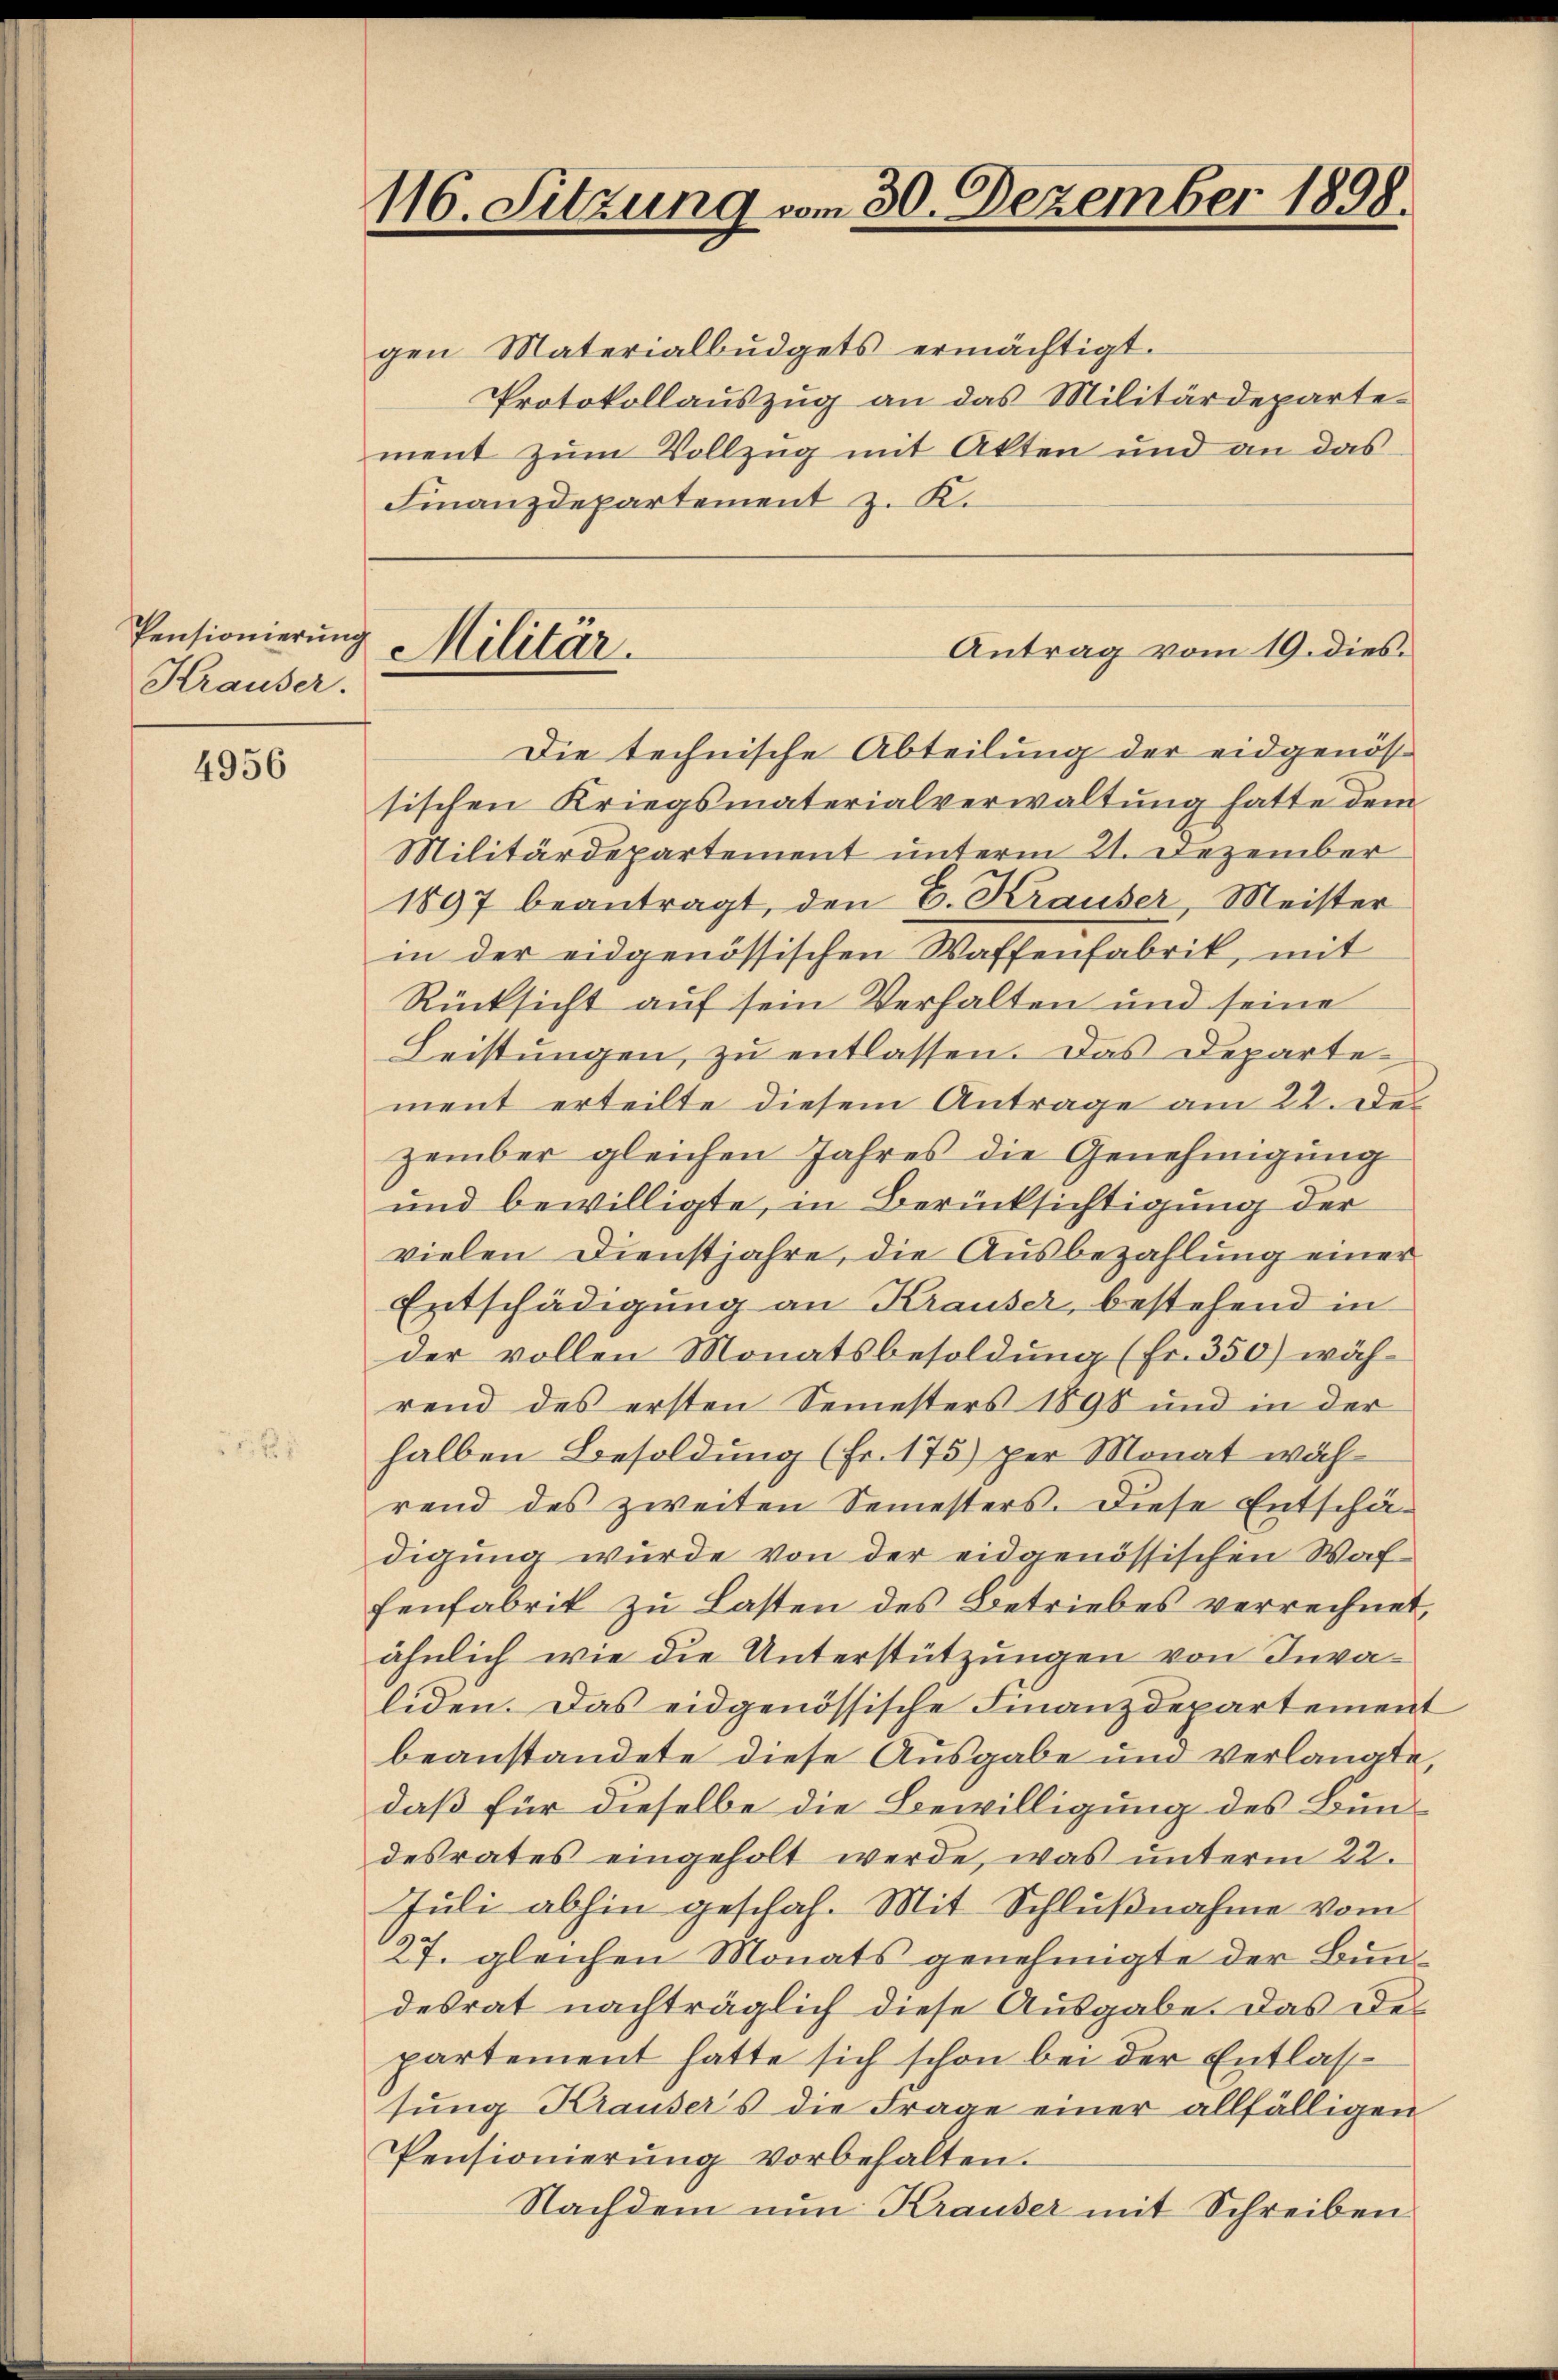
Pensionierung
Krauser.

4956

Finanzdepartement z. K.

116. Sitzung vom 30. Dezember 1898.

gen Materialbŭdgets ermächtigt.
Protokollauszug an das Militärdeparte
ment zum Vollzug mit Akten und an das
Die technische Abteilung der eidgenössischen Kriegsmaterialverwaltung hatte dem
Militärdepartement unterm 21. Dezember
1897 beantragt, den E. Krauser, Meister
in der eidgenössischen Waffenfabrik, mit
Rücksicht auf sein Verhalten und seine
Leistungen, zu entlassen. Das Departement erteilte diesem Antrage am 22. De
zember gleichen Jahres die Genehmigung
und bewilligte, in Berücksichtigung der
vielen Dienstjahre, die Ausbezahlung einer
Entschädigung an Krauser, bestehend in
der vollen Monatsbesoldung (Fr. 350) während des ersten Semesters 1898 und in der
halben Besoldung (Fr. 175) per Monat während des zweiten Semesters. Diese Entschädigung wurde von der eidgenössischen Waffenfabrik zu Lasten des Betriebes verrechnet,
ähnlich wie die Unterstützungen von Invaliden. Das eidgenössische Finanzdepartement
beanstandete diese Ausgabe und verlangte
daß für dieselbe die Bewilligung des Bundesrates eingeholt werde, was unterm 22.
Juli abhin geschah. Mit Schlußnahme vom
27. gleichen Monats genehmigte der Bundesrat nachträglich diese Ausgabe. Das Departement hatte sich schon bei der Entlassung Krausers die Frage einer allfälligen
Pensionierŭng vorbehalten.
Nachdem nun Krauser mit Schreiben

Militär.

Antrag vom 19. dies.